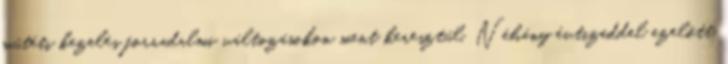
műtéti kezelés forradalmi változásokon ment keresztül. Néhány évtizeddel ezelőtt